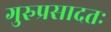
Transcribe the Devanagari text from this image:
गुरुप्रसादतः